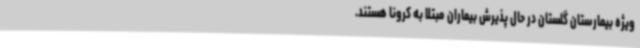
ویژه بیمارستان گلستان در حال پذیرش بیماران مبتلا به کرونا هستند.